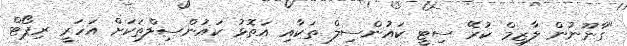
"ގާނޫނުން ލާޒިމް ކުރޭ ސިޓީ ކައުންސިލް ތަކާއި އަތޮޅު ކައުންސިލްތަކަށް އަހަރީ ރިޕޯޓް